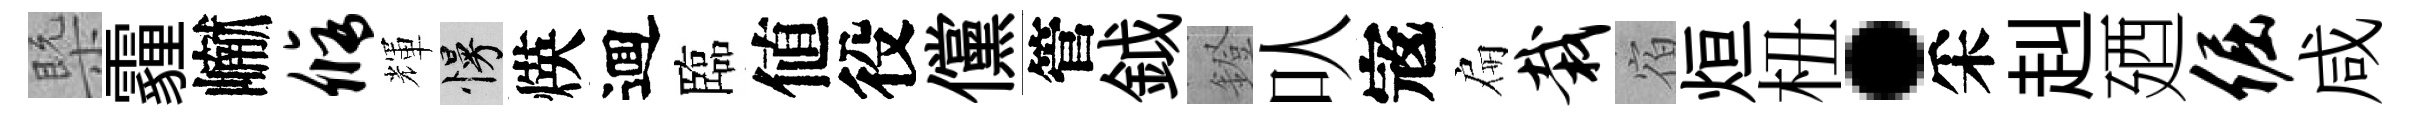
槩霾𪩘修輝慢煐逥臨値役儻管鉞鐙㕥𡨥扁栽宿烜杻·采赳廼倔咸